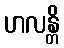
ဟလန္တိ